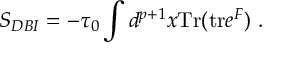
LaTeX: S _ { D B I } = - { \tau _ { 0 } } \int d ^ { p + 1 } x \mathrm { T r } ( \mathrm { t r } e ^ { { \cal F } } ) \ .